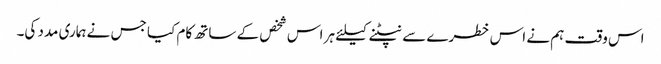
اس وقت ہم نے اس خطرے سے نپٹنے کیلئے ہر اس شخص کے ساتھ کام کیا جس نے ہماری مدد کی۔